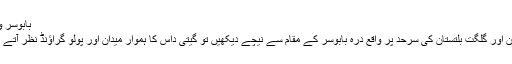
بابوسر ولیج
ناران اور گلگت بلتستان کی سرحد پر واقع درہ بابوسر کے مقام سے نیچے دیکھیں تو گیتی داس کا ہموار میدان اور پولو گراؤنڈ نظر آتے ہیں۔